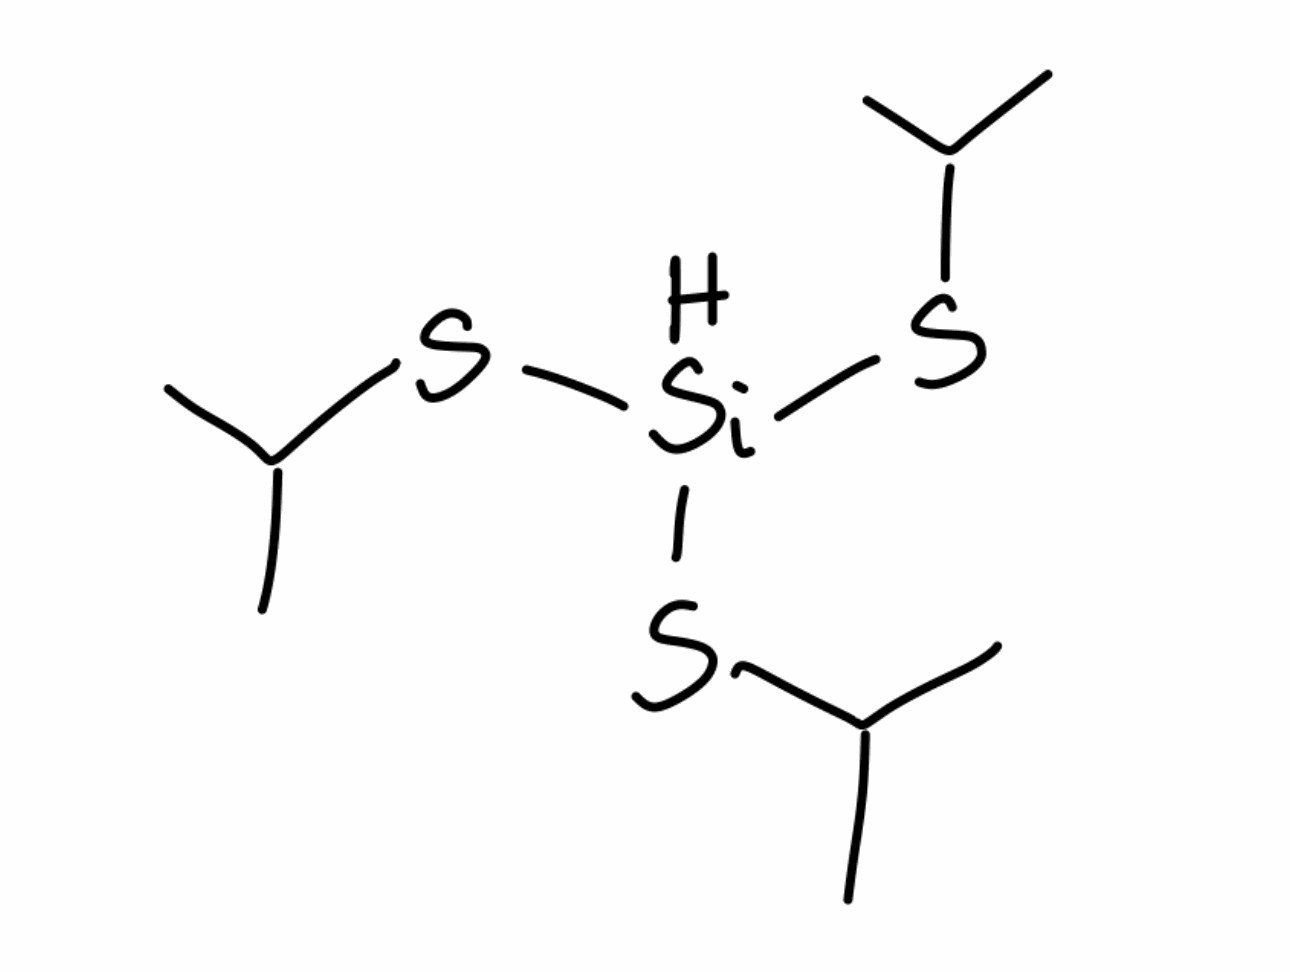
Simplified molecular-input line-entry system (SMILES) notation of the given molecule:
CC(C)S[SiH](SC(C)C)SC(C)C